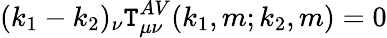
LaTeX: (k_{1}-k_{2})_{\nu}\mathtt{T}_{\mu\nu}^{AV}(k_{1},m;k_{2},m)=0